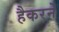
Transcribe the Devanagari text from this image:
हैकरने